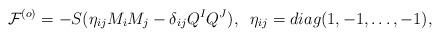
LaTeX: \begin{align*}{\cal F}^{(o)} = -S(\eta_{ij} M_i M_j -\delta_{ij}Q^I Q^J),\;\;\eta_{ij} = diag(1,-1,\dots,-1),\end{align*}